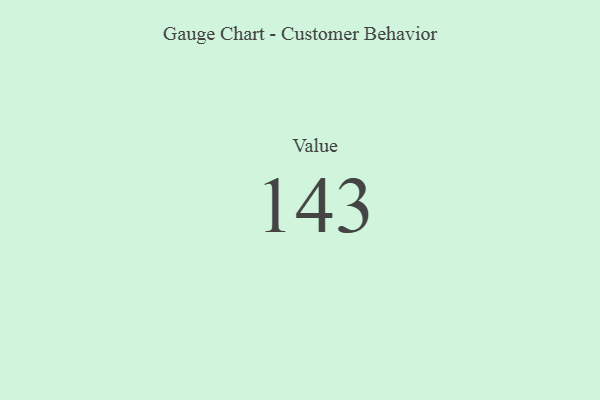
{"axis": {"x": "Metric", "y": "Value"}, "legend": [""], "data": [{"x": "Value", "y": 143, "type": ""}]}